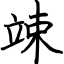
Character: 竦